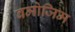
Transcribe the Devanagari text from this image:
बमोजिम